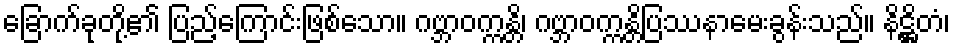
ခြောက်ခုတို့၏ ပြည့်ကြောင်းဖြစ်သော။ ဂဗ္ဘာဝက္ကန္တိ၊ ဂဗ္ဘာဝက္ကန္တိပြဿနာမေးခွန်းသည်။ နိဋ္ဌိတံ၊